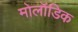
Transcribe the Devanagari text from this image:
मोलॉडिक